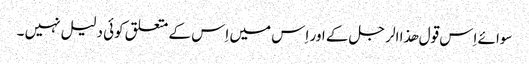
سوائے اِس قول ھذا الر جل کے اور اِس میں اِس کے متعلق کوئی دلیل نہیں ۔